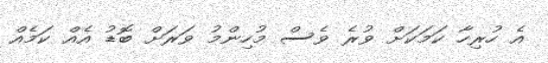
އެ ހުރިހާ ކަމަކަށް ވުރެ ވެސް މުހިންމު ވަރަށް ބޮޑު އެއް ކަމެއް